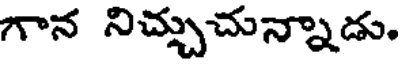
గాన నిచ్చుచున్నాడు.